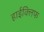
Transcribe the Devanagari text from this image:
हाईक्लिफ